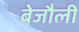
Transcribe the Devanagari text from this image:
बेजौली